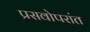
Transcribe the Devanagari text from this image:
प्रसवोपरांत